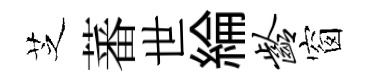
芝蕃世綸龄窗